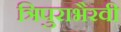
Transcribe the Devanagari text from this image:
त्रिपुराभैरवी